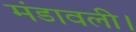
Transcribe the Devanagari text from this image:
मंडावली।